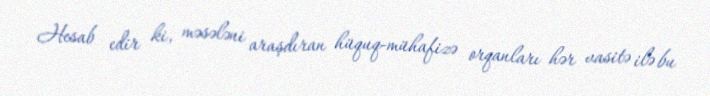
Hesab edir ki, məsələni araşdıran hüquq-mühafizə orqanları hər vasitə ilə bu